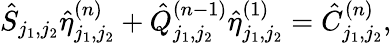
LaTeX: \hat{S}_{j_{1},j_{2}}\hat{\eta}_{j_{1},j_{2}}^{(n)}+\hat{Q}_{j_{1},j_{2}}^{(n-1)}\hat{\eta}_{j_{1},j_{2}}^{(1)}=\hat{C}_{j_{1},j_{2}}^{(n)},